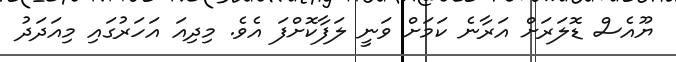
ޔޫއެސް ޑޮލަރަށް އަރާނެ ކަމަށް ވަނީ ލަފާކޮށްފަ އެވެ. މިދިއަ އަހަރުގައި މިއަދަދު